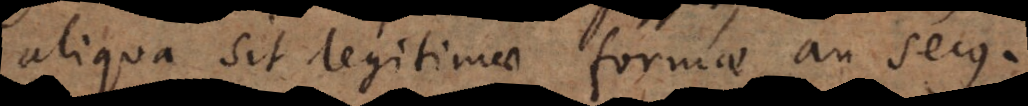
aliqua sit legitimae formae an secus.